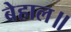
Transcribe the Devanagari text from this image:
बेहाल॥